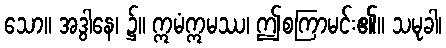
သော။ အဒွါနေ၊ ၌။ ဣမံဣမဿ၊ ဤစကြာမင်း၏။ သမုခါ၊